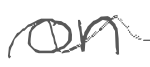
Text: on
Cross-out: wave
Writing tool: digital_gray